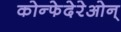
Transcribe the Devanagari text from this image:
कोन्फेदेरेओन्